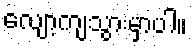
လျော့ကျသွားမှာပါ။